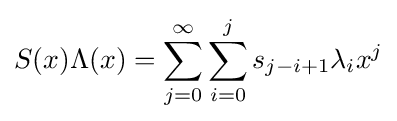
S(x)\Lambda (x)=\sum _{j=0}^{\infty }\sum _{i=0}^{j}s_{j-i+1}\lambda _{i}x^{j}